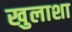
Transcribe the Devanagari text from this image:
खुलाशा